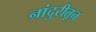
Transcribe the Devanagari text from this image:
नांदुरीतून